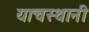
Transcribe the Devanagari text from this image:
याचस्थानी